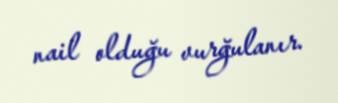
nail olduğu vurğulanır.